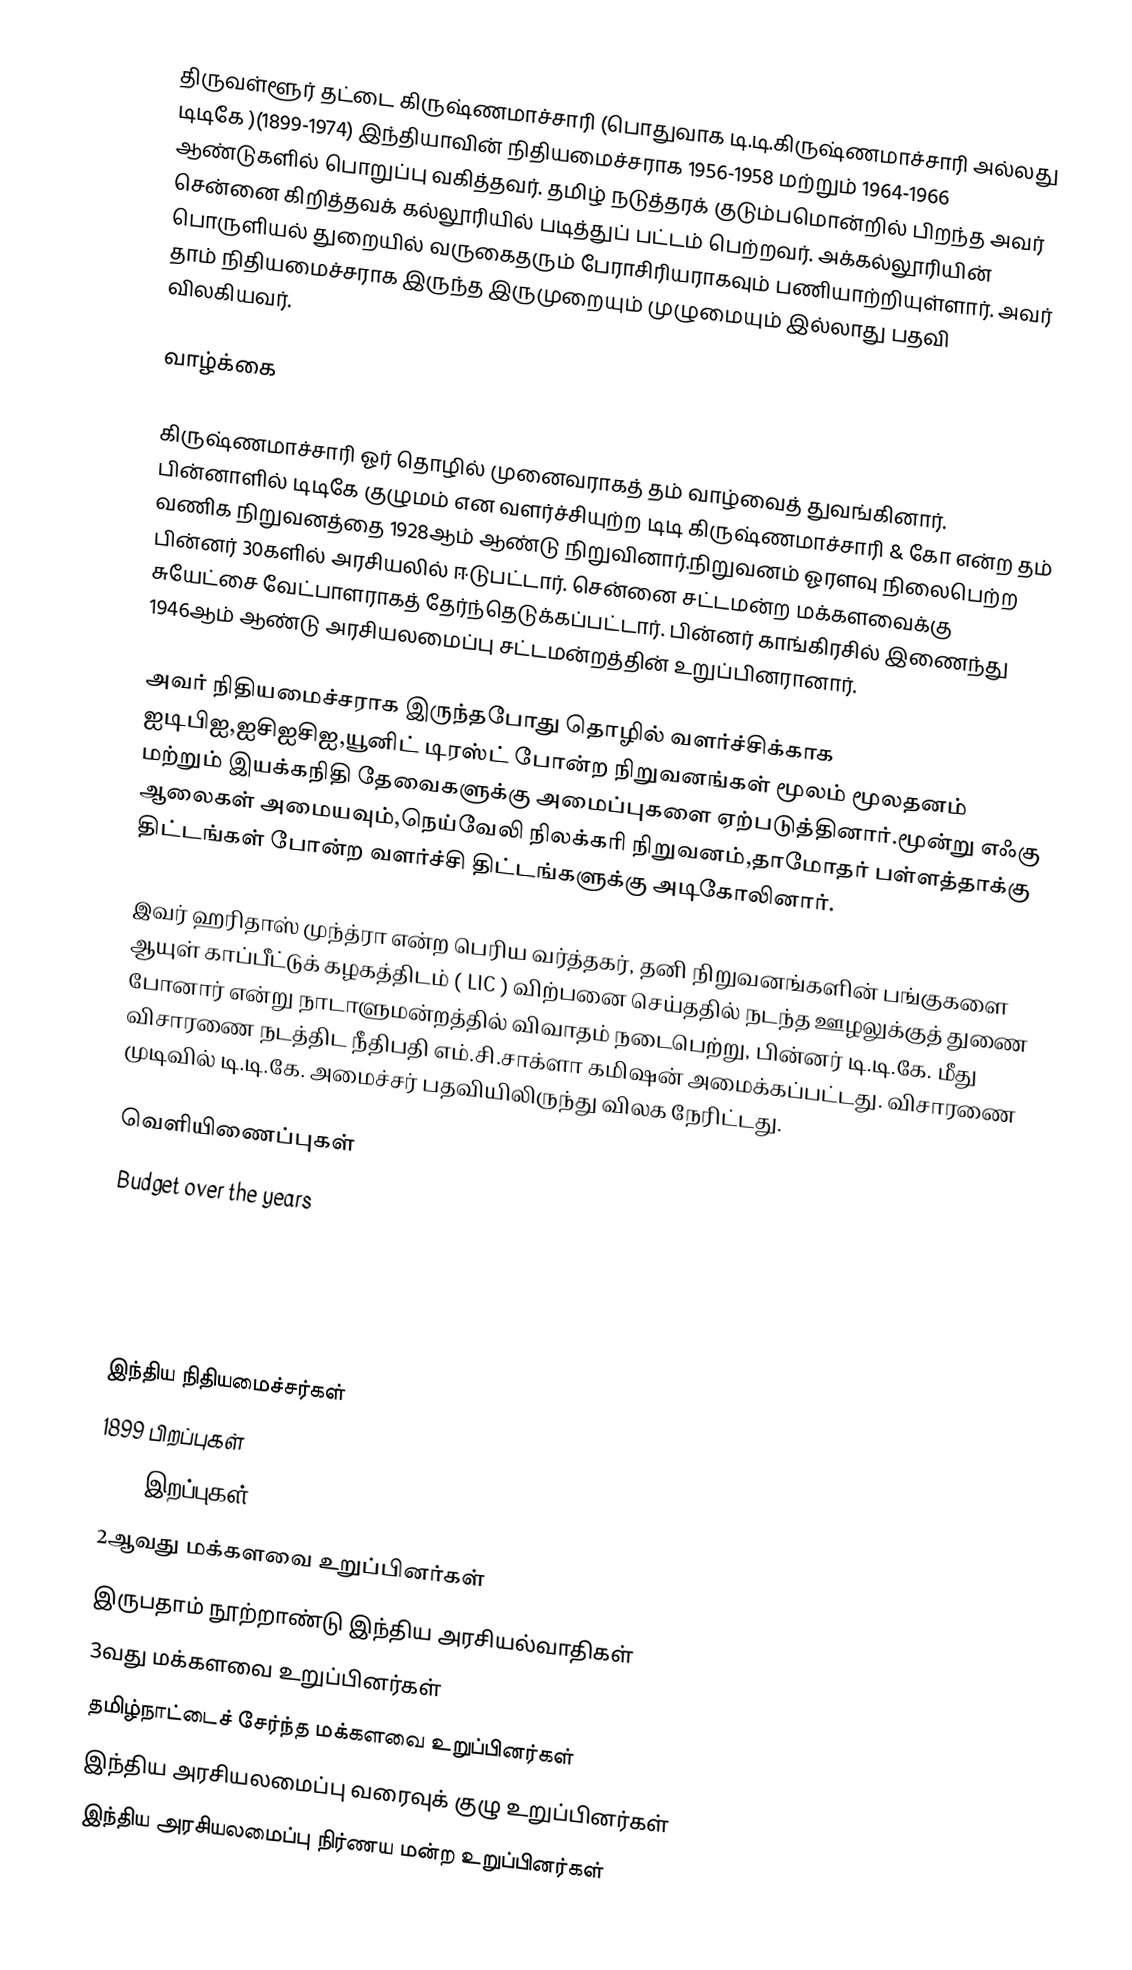
திருவள்ளூர் தட்டை கிருஷ்ணமாச்சாரி (பொதுவாக டி.டி.கிருஷ்ணமாச்சாரி அல்லது டிடிகே )(1899-1974) இந்தியாவின் நிதியமைச்சராக 1956-1958 மற்றும் 1964-1966 ஆண்டுகளில் பொறுப்பு வகித்தவர். தமிழ் நடுத்தரக் குடும்பமொன்றில் பிறந்த அவர் சென்னை கிறித்தவக் கல்லூரியில் படித்துப் பட்டம் பெற்றவர். அக்கல்லூரியின் பொருளியல் துறையில் வருகைதரும் பேராசிரியராகவும் பணியாற்றியுள்ளார். அவர் தாம் நிதியமைச்சராக இருந்த இருமுறையும் முழுமையும் இல்லாது பதவி விலகியவர்.

வாழ்க்கை

கிருஷ்ணமாச்சாரி ஓர் தொழில் முனைவராகத் தம் வாழ்வைத் துவங்கினார். பின்னாளில் டிடிகே குழுமம் என வளர்ச்சியுற்ற டிடி கிருஷ்ணமாச்சாரி & கோ என்ற தம் வணிக நிறுவனத்தை 1928ஆம் ஆண்டு நிறுவினார்.நிறுவனம் ஓரளவு நிலைபெற்ற பின்னர் 30களில் அரசியலில் ஈடுபட்டார். சென்னை சட்டமன்ற மக்களவைக்கு சுயேட்சை வேட்பாளராகத் தேர்ந்தெடுக்கப்பட்டார். பின்னர் காங்கிரசில் இணைந்து 1946ஆம் ஆண்டு அரசியலமைப்பு சட்டமன்றத்தின் உறுப்பினரானார்.

அவர் நிதியமைச்சராக இருந்தபோது தொழில் வளர்ச்சிக்காக ஐடிபிஐ,ஐசிஐசிஐ,யூனிட் டிரஸ்ட் போன்ற நிறுவனங்கள் மூலம் மூலதனம் மற்றும் இயக்கநிதி தேவைகளுக்கு அமைப்புகளை ஏற்படுத்தினார்.மூன்று எஃகு ஆலைகள் அமையவும்,நெய்வேலி நிலக்கரி நிறுவனம்,தாமோதர் பள்ளத்தாக்கு திட்டங்கள் போன்ற வளர்ச்சி திட்டங்களுக்கு அடிகோலினார்.

இவர் ஹரிதாஸ் முந்த்ரா என்ற பெரிய வர்த்தகர், தனி நிறுவனங்களின் பங்குகளை ஆயுள் காப்பீட்டுக் கழகத்திடம் ( LIC ) விற்பனை செய்ததில் நடந்த ஊழலுக்குத் துணை போனார் என்று நாடாளுமன்றத்தில் விவாதம் நடைபெற்று, பின்னர் டி.டி.கே. மீது விசாரணை நடத்திட நீதிபதி எம்.சி.சாக்ளா கமிஷன் அமைக்கப்பட்டது. விசாரணை முடிவில் டி.டி.கே. அமைச்சர் பதவியிலிருந்து விலக நேரிட்டது.

வெளியிணைப்புகள்
 Budget over the years

இந்திய நிதியமைச்சர்கள்
1899 பிறப்புகள்
1974 இறப்புகள்
2ஆவது மக்களவை உறுப்பினர்கள்
இருபதாம் நூற்றாண்டு இந்திய அரசியல்வாதிகள்
3வது மக்களவை உறுப்பினர்கள்
தமிழ்நாட்டைச் சேர்ந்த மக்களவை உறுப்பினர்கள்
இந்திய அரசியலமைப்பு வரைவுக் குழு உறுப்பினர்கள்
இந்திய அரசியலமைப்பு நிர்ணய மன்ற உறுப்பினர்கள்